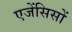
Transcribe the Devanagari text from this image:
एजेंसिसों